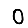
Digit: 0